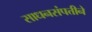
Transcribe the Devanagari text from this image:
साधनसंपत्तीने